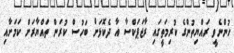
ހުންނެވީ ރައްޔިތުންގެ ކުރިމަތީގައި ރާޖަޕަކްސާ އާ ދެކޮޅަށް ބަހުސް ކުރަން ތައްޔާރަށް ކަމަށާއި